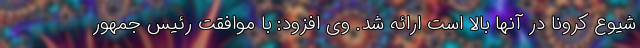
شیوع کرونا در آنها بالا است ارائه شد. وی افزود: با موافقت رئیس جمهور